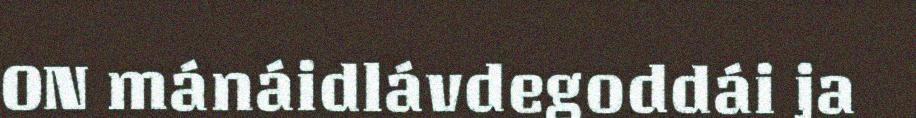
ON mánáidlávdegoddái ja